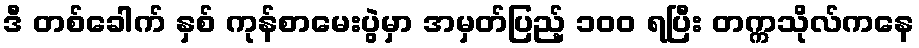
ဒီ တစ်ခေါက် နှစ် ကုန်စာမေးပွဲမှာ အမှတ်ပြည့် ၁၀၀ ရပြီး တက္ကသိုလ်ကနေ